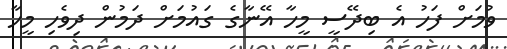
ވުމަށް ފަހު އެ ބިދޭސީ މީހާ އޭނާގެ ގައުމަށް ދަމުން ދިވެހި މީހާ